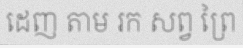
ដេញ តាម រក សព្វ ព្រៃ